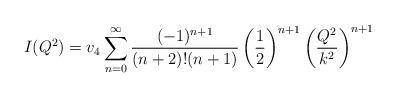
LaTeX: \begin{align*}I(Q^2)=v_4\sum_{n=0}^\infty\frac{(-1)^{n+1}}{(n+2)!(n+1)}\left(\frac{1}{2}\right)^{n+1}\left(\frac{Q^2}{k^2}\right)^{n+1}\end{align*}